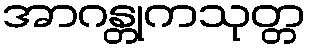
အာဂန္တုကသုတ္တ